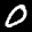
Label: 0